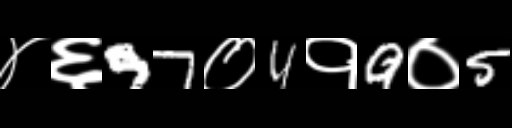
Text: ४६97०4१9०5